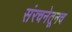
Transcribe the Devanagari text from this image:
संरचनेतूनच